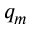
q _ { m }